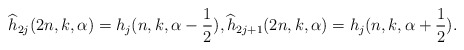
\begin{align*}\widehat h_{2j}(2n,k,\alpha)=h_j(n,k,\alpha-\frac{1}{2}),\widehat h_{2j+1}(2n,k,\alpha)=h_j(n,k,\alpha+\frac{1}{2}).\end{align*}